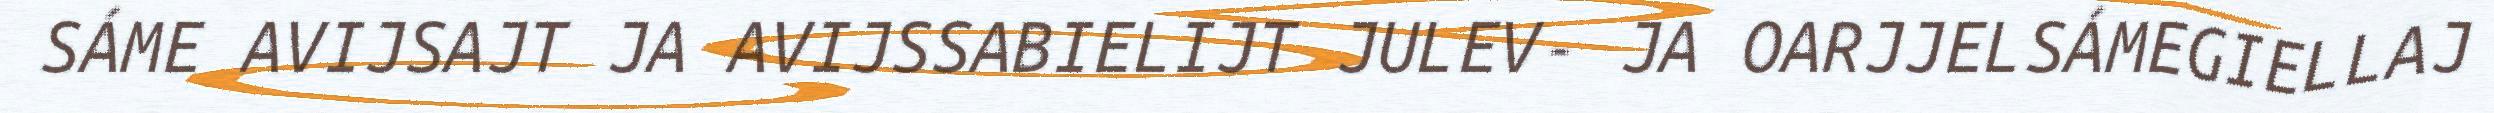
SÁME AVIJSAJT JA AVIJSSABIELIJT JULEV- JA OARJJELSÁMEGIELLAJ